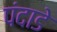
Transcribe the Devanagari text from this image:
पंदाडे